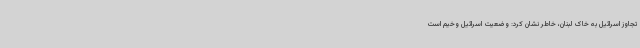
تجاوز اسرائیل به خاک لبنان، خاطر نشان کرد: وضعیت اسرائیل وخیم است